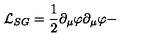
{ \cal L } _ { S G } = \frac { 1 } { 2 } \partial _ { \mu } \varphi \partial _ { \mu } \varphi -